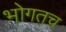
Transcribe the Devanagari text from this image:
भोगतच